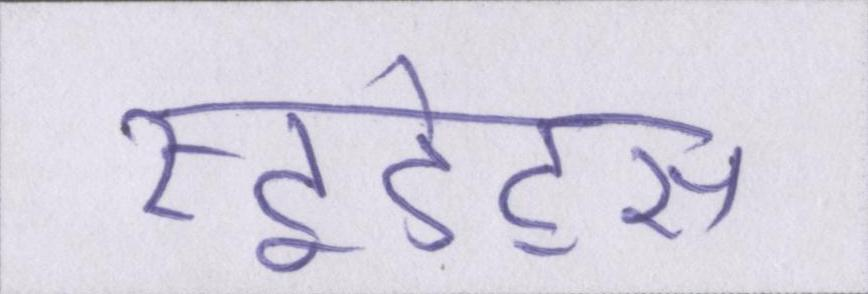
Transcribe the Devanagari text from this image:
स्टूडेंट्स